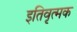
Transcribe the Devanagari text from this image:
इतिवृत्मक